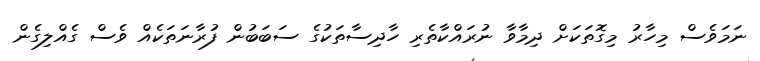
ނަމަވެސް މިހާރު މިގޮތަކަށް ދިމާވާ ނުރައްކާތެރި ހާދިސާތަކުގެ ސަބަބުން ފުރާނަތަކެއް ވެސް ގެއްލިގެން